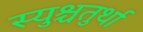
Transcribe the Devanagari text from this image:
स्युश्चतुर्था